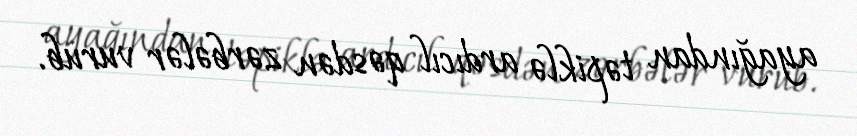
ayağından təpiklə ardıcıl qəsdən zərbələr vurub.